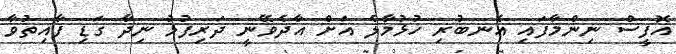
އޮފީސް ނިންމާފައި އެނބުރި ހުޅުމާލެ އަށް އާދެވޭނީ ދަރިފުޅު ނިދާ ގަޑި ފާއިތުވާ